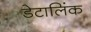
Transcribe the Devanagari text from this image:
डेटालिंक